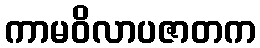
ကာမဝိလာပဇာတက